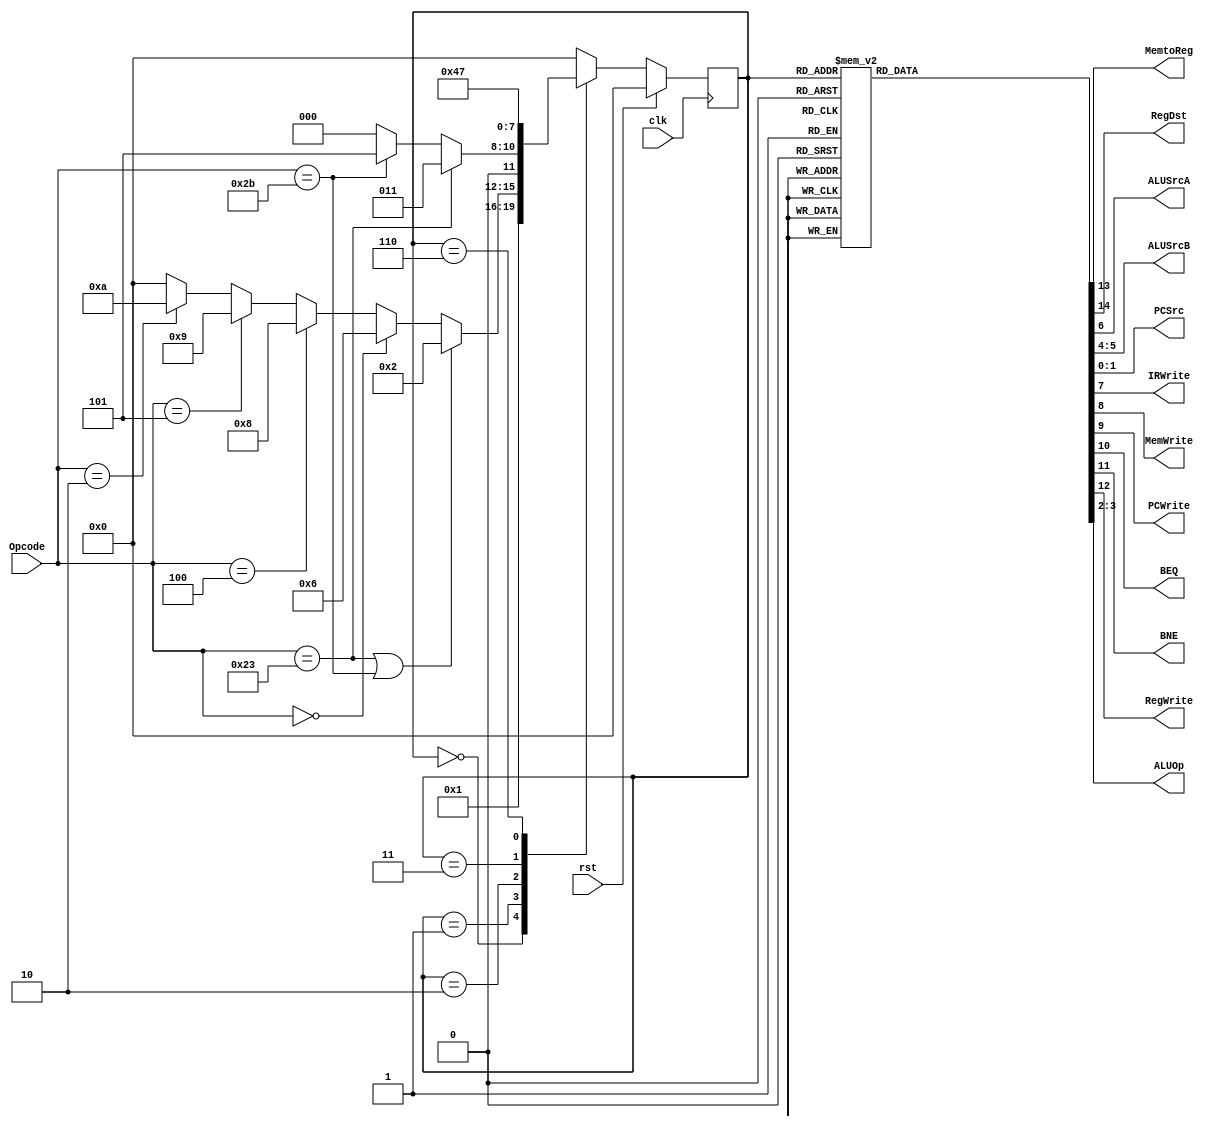
////////////////////////////////////////////////////////////////////////////////
// Description =>  SEQUENTIAL STATES MACHINE CONTROL FSM
////////////////////////////////////////////////////////////////////////////////

module control_fsm (
  
  	/*----------Input Variables---------------*/
  
  	input 	    clk, rst,
    input [5:0] Opcode,
  
  
    /*----------Multiplexer Selects-----------*/
  
    output reg 		  MemtoReg, RegDst, ALUSrcA,
  	output reg	[1:0] ALUSrcB, PCSrc,
  
  
    /*----------Register enables--------------*/
  
    output reg 	IRWrite, MemWrite, PCWrite, BEQ, BNE, RegWrite,
  
  
    /*----------ALU control------------------*/
  
  	output reg	[1:0] ALUOp
  
);

  
  reg [3:0] state;
  reg [3:0] next_state;
  
  
  // 1. CODIFICATION

  //States
  parameter Fetch           = 4'd0;
  parameter Decode          = 4'd1;
  parameter MemAdr          = 4'd2;
  parameter Mem_Read        = 4'd3;
  parameter Mem_Writeback   = 4'd4;
  parameter Mem_Write       = 4'd5;
  parameter Execute         = 4'd6;
  parameter ALU_Writeback   = 4'd7;
  parameter Branch_BEQ      = 4'd8;
  parameter Branch_BNE      = 4'd9;
  parameter Jump            = 4'd10;
  
  //Opcodes
  parameter Op_R            = 6'd0;
  parameter Op_LW           = 6'd35;
  parameter Op_SW           = 6'd43;
  parameter Op_BEQ          = 6'd4;
  parameter Op_BNE          = 6'd5;
  parameter Op_Jump         = 6'd2;
  

  // 2. STATE REGISTER
  always @(posedge clk)
    begin
      if ( rst )
        state <= Fetch;
      else
        state <= next_state;
    end
  
  
  // 3. NEXT STATE PROCESS
  always @(state, Opcode)
    begin
      case(state)
        
        
////////// STATES FOR EACH OPTION FROM THE INPUT //////////
        
        // RESET MAIN VALUES
        Fetch : next_state = Decode;
        

        // INPUT STATE
        Decode : begin
          
          if ( Opcode == Op_LW | Opcode == Op_SW ) // lw sw
                      next_state = MemAdr;

          else if ( Opcode == Op_R ) // TYPE - R
                      next_state = Execute;

          else if ( Opcode == Op_BEQ ) // BEQ
                      next_state = Branch_BEQ;

          else if ( Opcode == Op_BNE ) // BNE
                      next_state = Branch_BNE;

          else if ( Opcode == Op_Jump ) // JUMP
                      next_state = Jump;
          
          else        next_state = Fetch;
        end
        
        
        // SW OR LW STATE
        MemAdr : begin
          
          if ( Opcode == Op_LW ) 
                      next_state = Mem_Read;
          
          else if ( Opcode == Op_SW ) 
                      next_state = Mem_Write;
          
          else        next_state = Fetch;
        end
        
        
        // LW READ STATE
        Mem_Read :  next_state = Mem_Writeback;
        
        
        // LW FINAL STATE
        Mem_Writeback : next_state = Fetch;
        
        
        // SW STATE
        Mem_Write : next_state = Fetch;
        
        
        // R - TYPE STATE
        Execute : next_state = ALU_Writeback;
        
        
        // ALU WRITEBACK STATE
        ALU_Writeback : next_state = Fetch;
        
        
        // BRANCH IF EQUAL STATE
        Branch_BEQ : next_state = Fetch;
        
        
        // BRANCH IF NOT EQUAL STATE
        Branch_BNE : next_state = Fetch;
        
        
        // JUMP STATE
        Jump : next_state = Fetch;
        
        
        default : next_state = Fetch;
        
      endcase
    end
  
  
  
  // 4. OUTPUT LOGIC PROCESS
  always @(state)
    
      case (state)
        
        Decode : begin
            PCSrc      = 2'b00;
            ALUOp      = 2'b00;
            ALUSrcB    = 2'b10;
            ALUSrcA    = 1'b0;
          	IRWrite    = 1'b0;
            MemWrite   = 1'b0;
            PCWrite    = 1'b0;
            BEQ        = 1'b0;
            BNE        = 1'b0;
            RegWrite   = 1'b0;
            MemtoReg   = 1'b0;
            RegDst     = 1'b0;
        end
        
        MemAdr : begin
            PCSrc      = 2'b00;
            ALUOp      = 2'b00;
            ALUSrcB    = 2'b10;
            ALUSrcA    = 1'b1;
          	IRWrite    = 1'b0;
            MemWrite   = 1'b0;
            PCWrite    = 1'b0;
            BEQ        = 1'b0;
            BNE        = 1'b0;
            RegWrite   = 1'b0;
            MemtoReg   = 1'b0;
            RegDst     = 1'b0;
        end
        
        Mem_Read : begin
            PCSrc      = 2'b00;
            ALUOp      = 2'b00;
            ALUSrcB    = 2'b00;
            ALUSrcA    = 1'b0;
          	IRWrite    = 1'b0;
            MemWrite   = 1'b0;
            PCWrite    = 1'b0;
            BEQ        = 1'b0;
            BNE        = 1'b0;
            RegWrite   = 1'b0;
            MemtoReg   = 1'b0;
            RegDst     = 1'b0;
        end

        Mem_Writeback : begin
            PCSrc      = 2'b00;
            ALUOp      = 2'b00;
            ALUSrcB    = 2'b00;
            ALUSrcA    = 1'b0;
          	IRWrite    = 1'b0;
            MemWrite   = 1'b0;
            PCWrite    = 1'b0;
            BEQ        = 1'b0;
            BNE        = 1'b0;
            RegWrite   = 1'b1;
            MemtoReg   = 1'b1;
            RegDst     = 1'b0;
        end
        
        Mem_Write : begin
            PCSrc      = 2'b00;
            ALUOp      = 2'b00;
            ALUSrcB    = 2'b00;
            ALUSrcA    = 1'b0;
          	IRWrite    = 1'b0;
            MemWrite   = 1'b1;
            PCWrite    = 1'b0;
            BEQ        = 1'b0;
            BNE        = 1'b0;
            RegWrite   = 1'b0;
            MemtoReg   = 1'b0;
            RegDst     = 1'b0;
        end
        
        Execute : begin
            PCSrc      = 2'b00;
            ALUOp      = 2'b10;
            ALUSrcB    = 2'b00;
            ALUSrcA    = 1'b1;
          	IRWrite    = 1'b0;
            MemWrite   = 1'b0;
            PCWrite    = 1'b0;
            BEQ        = 1'b0;
            BNE        = 1'b0;
            RegWrite   = 1'b0;
            MemtoReg   = 1'b0;
            RegDst     = 1'b0;
        end
        
        ALU_Writeback : begin
            PCSrc      = 2'b00;
            ALUOp      = 2'b00;
            ALUSrcB    = 2'b00;
            ALUSrcA    = 1'b0;
          	IRWrite    = 1'b0;
            MemWrite   = 1'b0;
            PCWrite    = 1'b0;
            BEQ        = 1'b0;
            BNE        = 1'b0;
            RegWrite   = 1'b1;
            MemtoReg   = 1'b0;
            RegDst     = 1'b1;
        end
        
        Branch_BEQ : begin
            PCSrc      = 2'b01;
            ALUOp      = 2'b01;
            ALUSrcB    = 2'b00;
            ALUSrcA    = 1'b1;
          	IRWrite    = 1'b0;
            MemWrite   = 1'b0;
            PCWrite    = 1'b0;
            BEQ        = 1'b1;
            BNE        = 1'b0;
            RegWrite   = 1'b0;
            MemtoReg   = 1'b0;
            RegDst     = 1'b0;
        end
        
        Branch_BNE : begin
            PCSrc      = 2'b01;
            ALUOp      = 2'b01;
            ALUSrcB    = 2'b00;
            ALUSrcA    = 1'b1;
          	IRWrite    = 1'b0;
            MemWrite   = 1'b0;
            PCWrite    = 1'b0;
            BEQ        = 1'b0;
            BNE        = 1'b1;
            RegWrite   = 1'b0;
            MemtoReg   = 1'b0;
            RegDst     = 1'b0;
        end
        
        Jump : begin
            PCSrc      = 2'b10;
            ALUOp      = 2'b00;
            ALUSrcB    = 2'b00;
            ALUSrcA    = 1'b0;
          	IRWrite    = 1'b0;
            MemWrite   = 1'b0;
            PCWrite    = 1'b1;
            BEQ        = 1'b0;
            BNE        = 1'b0;
            RegWrite   = 1'b0;
            MemtoReg   = 1'b0;
            RegDst     = 1'b0;
        end
        
        default : begin//Fetch 
            PCSrc      = 2'b00;
            ALUOp      = 2'b00;
            ALUSrcB    = 2'b01;
            ALUSrcA    = 1'b0;
          	IRWrite    = 1'b1;
            MemWrite   = 1'b0;
            PCWrite    = 1'b1;
            BEQ        = 1'b0;
            BNE        = 1'b0;
            RegWrite   = 1'b0;
            MemtoReg   = 1'b0;
            RegDst     = 1'b0;
        end
          
      endcase

endmodule